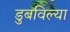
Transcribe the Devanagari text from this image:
डुबविल्या